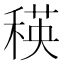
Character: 𥠚